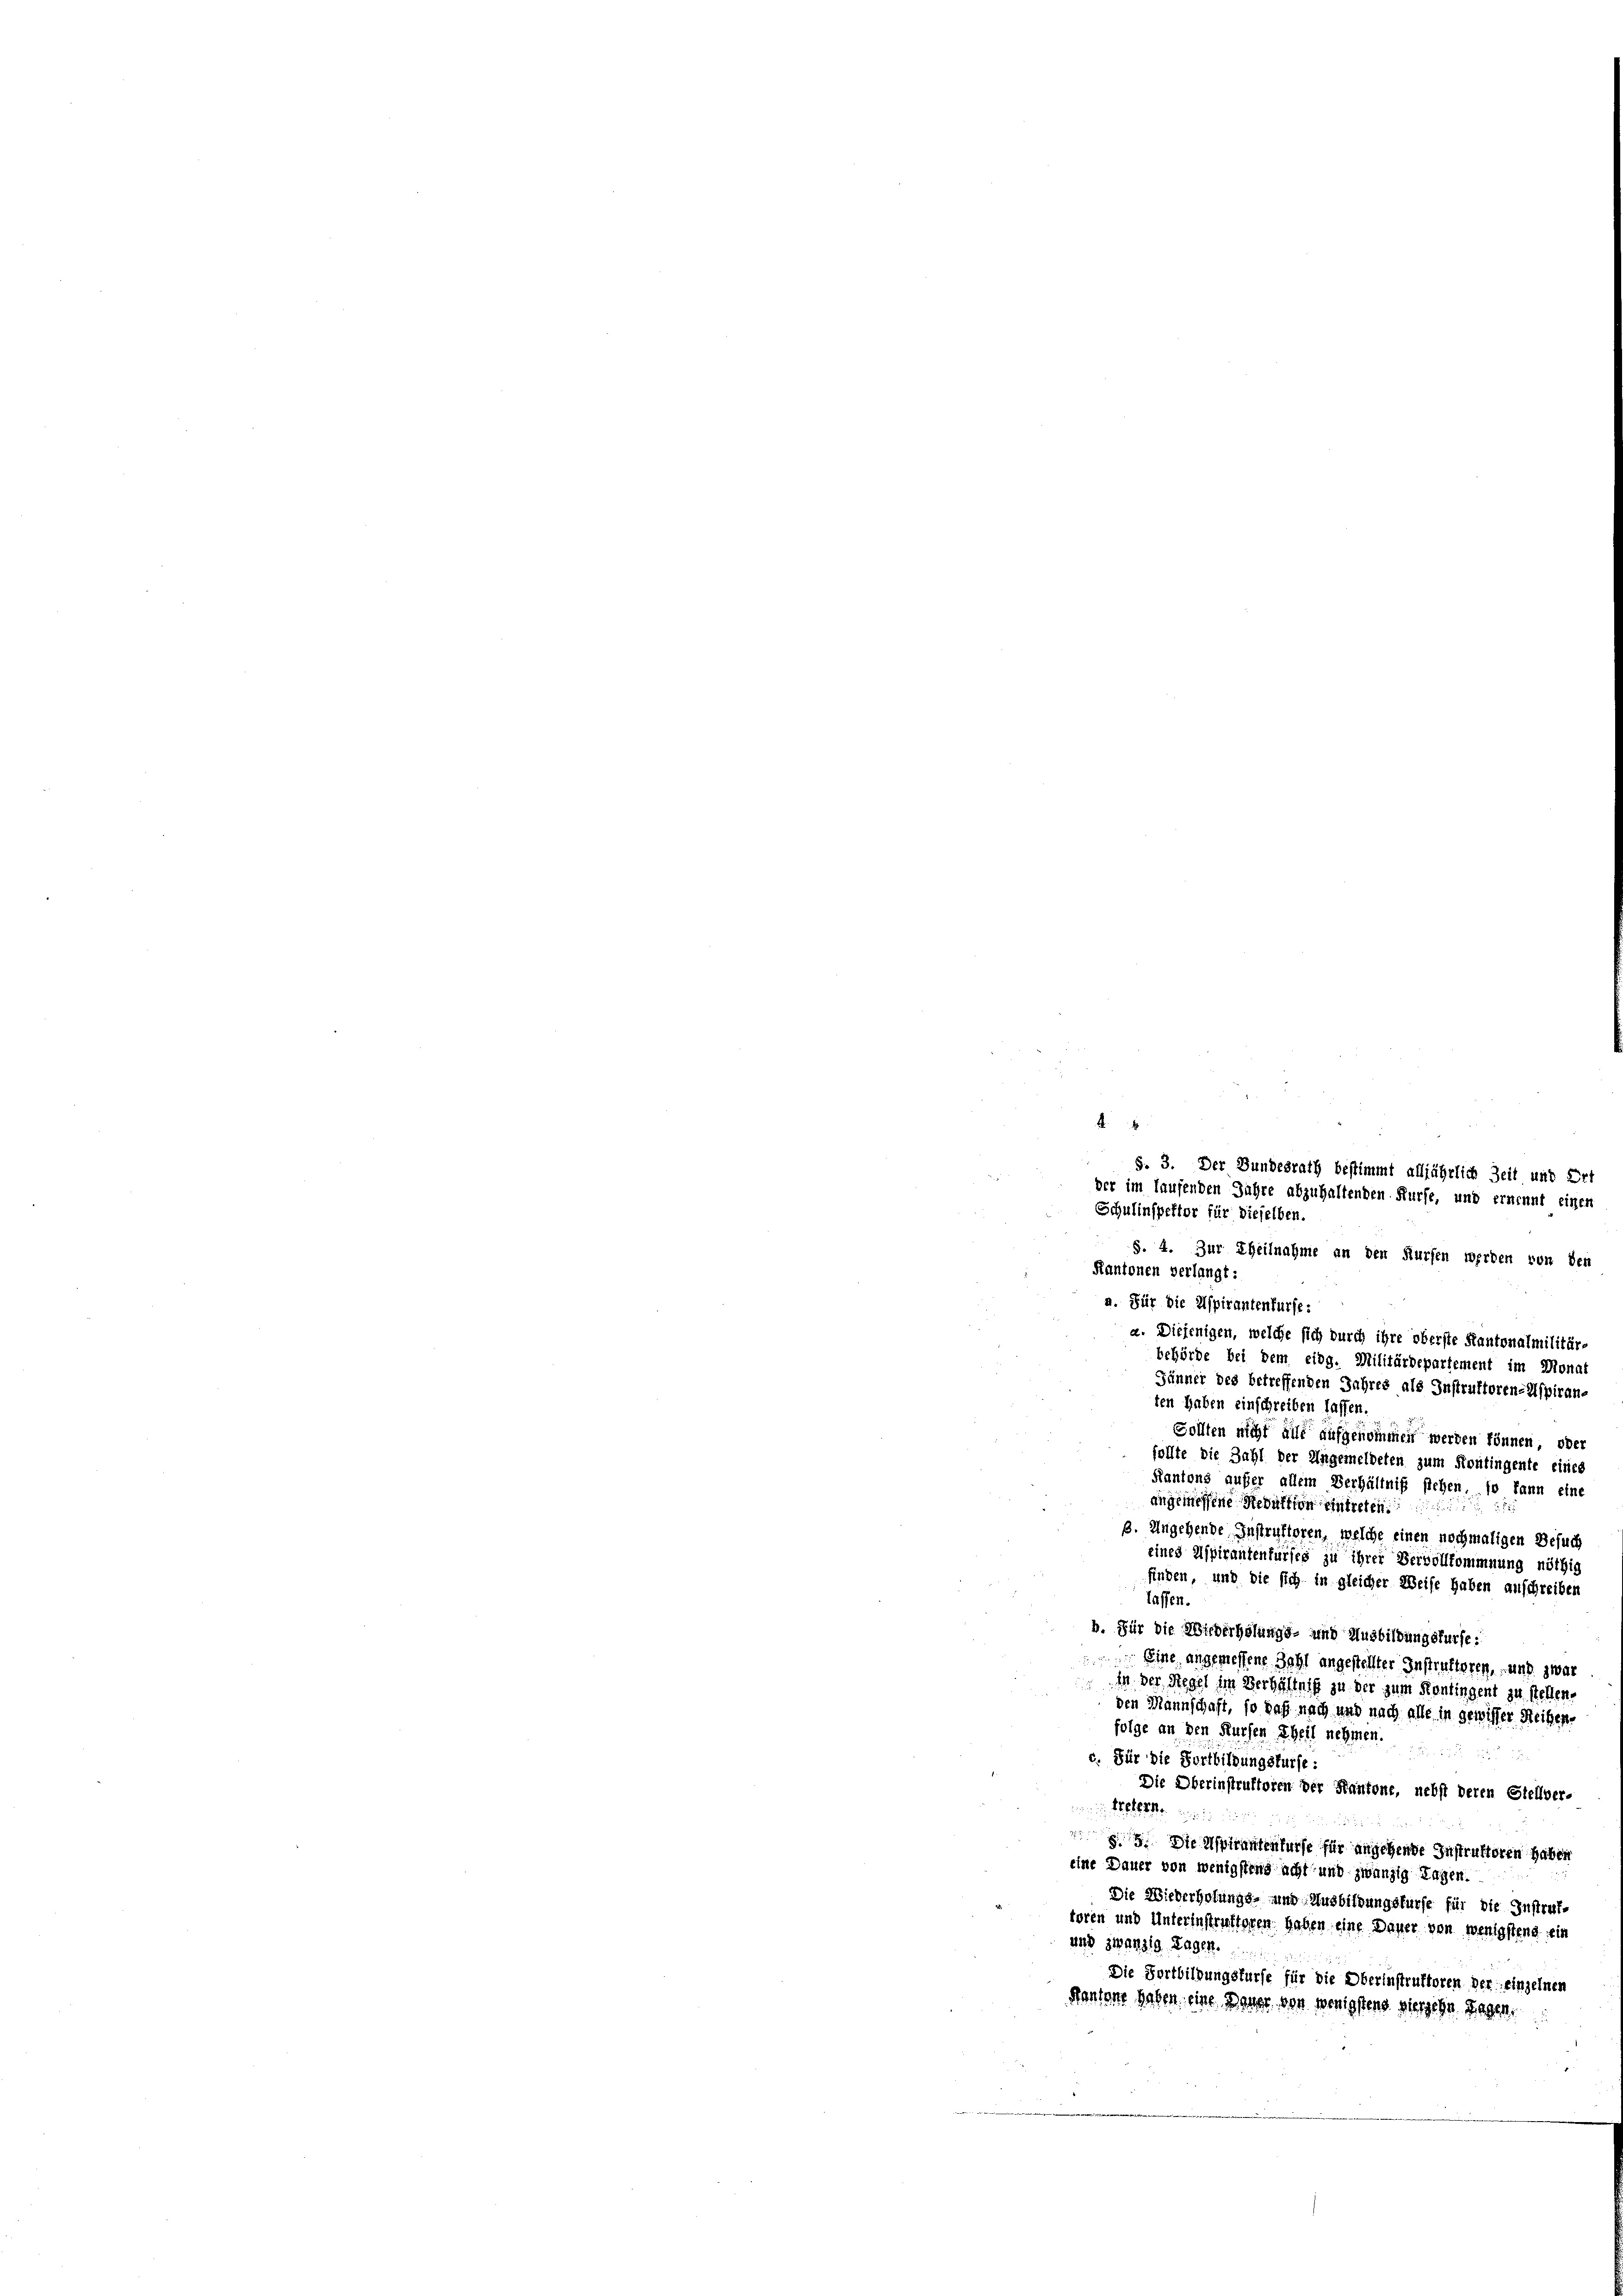
A

Schulinspektor für dieselben.
§. 4. Zur Theilnahme an den Kürfen werden von den
Kantonen verlangt:
a. Für die Aspirantenfürfe.
a. Diejenigen, welche sich durch ihre oberste Kantonalmilitär-
behörde bei dem eidg. Militärdepartement im Monat
Jänner des betreffenden Jahres als Instruktorene Aspiranten haben einschreiben lassen.
Sollten nicht alle aufgenommen werden können, oder
sollte die Zahl der Ungemeldeten zum Kontingente eines
Kantons außer allem Verhältniß siehen, so kann eine
angemessene Redaktion eintreten.
ß. Angehende Instruktoren, welche einen nochmaligen Besuch
eines Aspirantenfürses zu ihrer Vervollkommnung nöthig
finden, und die sich in gleicher Weise haben anschreiben
lassen.
b. Für die Micherholungs- und Ausbildungsfürse:

Eine angemessene Zahl angestellter Instruktoren, und zwar
 in der Stegel im Verhältniß zu der zum Kontingent zu stellen.
den Mannschaft, so das nach und nach alle in gewisser Reihen-
folge an den Kursen Theil nehmen.
 xx
c. Für die Fortbildungsfürst:
Die Oberinstruktoren der Kantone, nebst deren Stellver-

8. Die Aspirantenfürse für angehende Instruktoren haben
eine Dauer von wenigstens acht und zwanzig Tagen.
Die Wiederholungs- und Ausbildungsfürfe für die Instruf-
toren und Unterinstruktoren haben eine Dauer von wenigstend ein
und zwanzig Tagen.
Die Fortbildungsfürfe für die Oberinstruktoren der einzelnen
Kantone haben eine Dauer von wenigstens vierzehn Tagen.

§. 3. Der Bundesrath bestimmt alljährlich Zeit und Ort
der im laufenden Jahre abzuhaltenden Kürfe, und ernennt einen